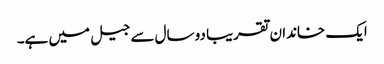
ایک خاندان تقریبا دو سال سے جیل میں ہے۔